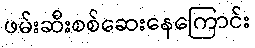
ဖမ်းဆီးစစ်ဆေးနေကြောင်း